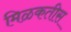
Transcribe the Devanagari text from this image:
मिळकतीस